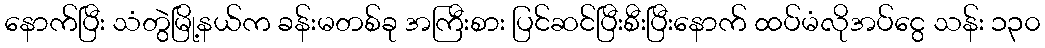
နောက်ပြီး သံတွဲမြို့နယ်က ခန်းမတစ်ခု အကြီးစား ပြင်ဆင်ပြီးစီးပြီးနောက် ထပ်မံလိုအပ်ငွေ သန်း ၁၃၀